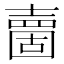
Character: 夁